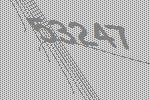
53247